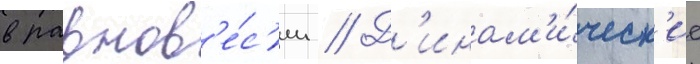
в равнов'е́с'ии // Д'инам'и́ческ'ие